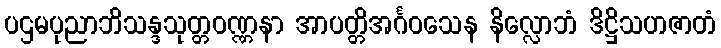
ပဌမပုညာဘိသန္ဒသုတ္တဝဏ္ဏနာ အာပတ္တိအင်္ဂဝသေန နိလ္လောဘံ ဒိဋ္ဌိသဟဇာတံ